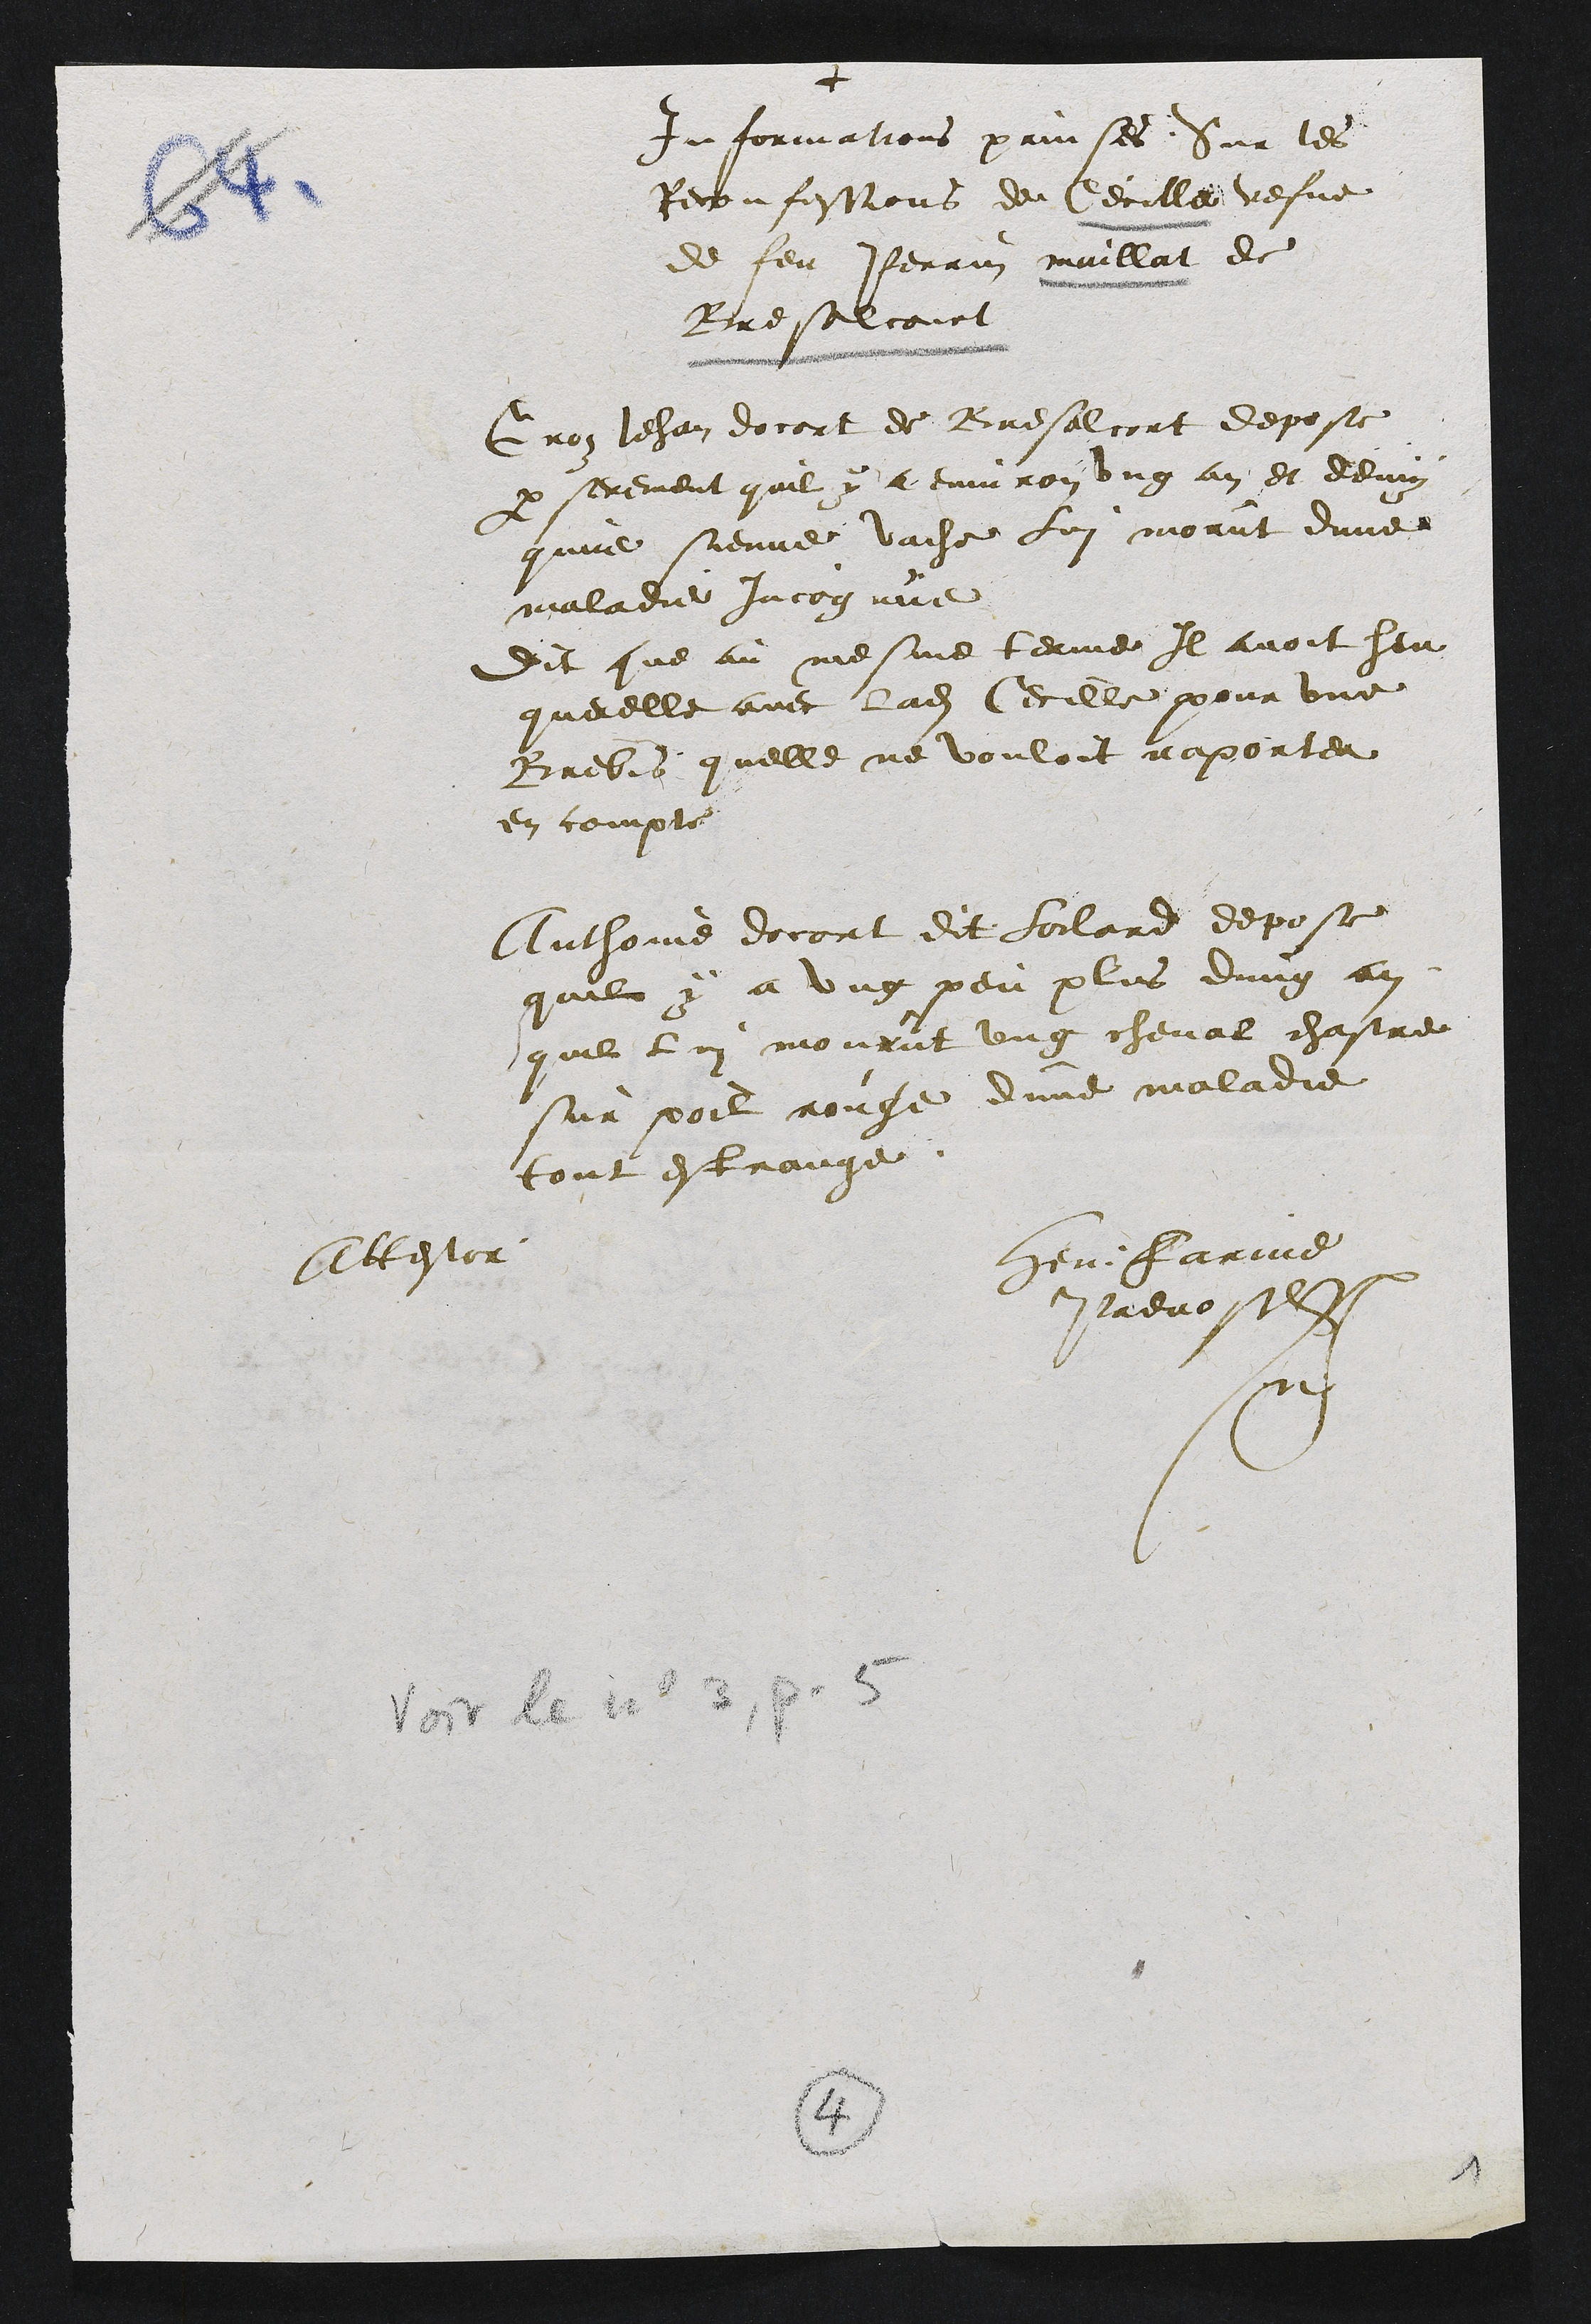
+
Informations prinses Sur les
Reconfessions de Cecille vefve
de feu Perrin maillat de
Bresalcourt
Gros Jehan docort de Bresalcort depose
par serement quil y a environ ung an et demy
qune sienne vache lui morut dune
maladie incognue
Dit que au mesme terme Il avoit heu
querelle avec ladite Cecille pour une
Brebis quelle ne vouloit raporter
en compte
Anthoine docort dit Sorlard depose
quil y a ung peu plus dung an
quil lui mourut ung cheval chastre
sur poil rouge dune maladie
tout estrange
Attestor
Henri Farine
prevost